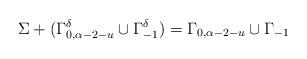
LaTeX: \begin{align*}\Sigma+(\Gamma_{0,\alpha-2-u}^{\delta}\cup\Gamma_{-1}^{\delta}) =\Gamma_{0,\alpha-2-u}\cup\Gamma_{-1}\end{align*}